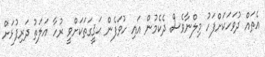
އެތައް ދުވަހަކަށްފަހު މިލްނާވެސް ދެކެމުން އައި ހުވަފެން ޙަޤީގަތަކަށްވީ ރުހާ އަލަތު ދަރިފުޅަށް